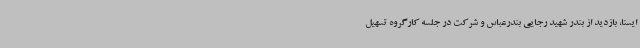
ایسنا، بازدید از بندر شهید رجایی بندرعباس و شرکت در جلسه کارگروه تسهیل